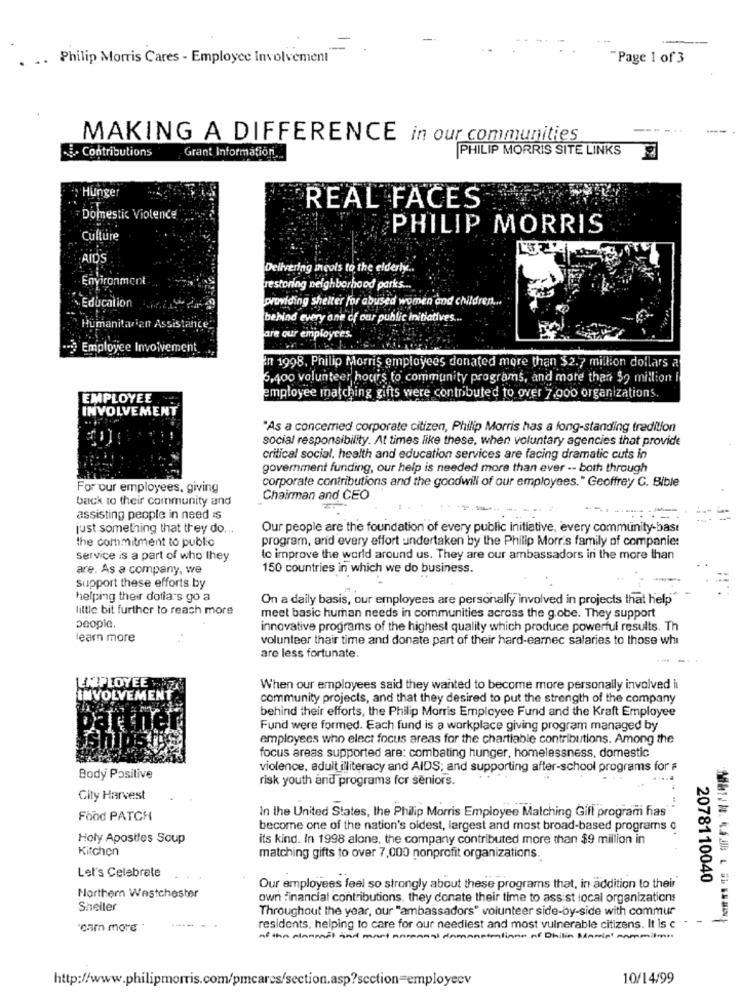
.. Philip Morris Cares - Employee Involvement
Page 1 of 3
----.
MAKING A DIFFERENCE in our communities
..... Contributions
PHILIP MORRIS SITE LINKS
Grant Information ...
Hunger
REAL FACES
Domestic Violence
PHILIP MORRIS
Culture
AIDS
Delivering incols to the elderly ..
Environment
restoring neighborhood parks ...
lovoviding shelter for abused women and children ...
. Education . 149
behind every one of our public initiatives ...
Humanitarian Assistance
are our employees.
· Employee Involvement
an 1998. Philip Morris employees donated more than $2.7 million dollars a
3,400 volunteer hours to community programs, and more than $2 million i
EMPLOYEE
employee matching gifts were contributed to over 7.000 organizations.
INVOLVEMENT
"As a concerned corporate citizen, Philip Morris has a long-standing tradition
social responsibility. At times like these, when voluntary agencies that provide
critical social, health and education services are facing dramatic cuts in
government funding, our help is needed more than ever -- both through
corporate contributions and the goodwill of our employees." Geoffrey G. Bible
For our employees, giving
back to their community and
Chairman and CEO
assisting people in need is
just something that they do ...
Our people are the foundation of every public initiative, every community-bast
the commitment to public
program, arid every effort undertaken by the Philip Morris family of companies
service is a part of who they
to improve the world around us. They are our ambassadors in the more than
are. As a company, we
150 countries in which we do business.
support these efforts by
helping their dollars go a
On a daily basis, our employees are personally involved in projects that help
little bit further to reach more
meet basic human needs in communities across the globe. They support
people
innovative programs of the highest quality which produce powerful results. Th
learn more
volunteer thair time and donate part of their hard-earned salaries to those whi
are less fortunate.
EMPLOYEE Y
When our employees said they wanted to become more personally involved il
INVOLVEMEN
community projects, and that they desired to put the strength of the company
behind their efforts, the Philip Morris Employee Fund and the Kraft Employee
Fund were formed. Each fund is a workplace giving program managed by
employees who elect focus areas for the chartiable contributions. Among the
focus areas supported are: combating hunger, homelessness, domestic
violence, adult illiteracy and AIDS; and supporting after-school programs for F
Body Positive
risk youth and programs for seniors.
City Harvest
Food PATCH
In the United States, the Philip Morris Employee Matching Gift program has
become one of the nation's oldest, largest and most broad-based programs o
Holy Apostles Soup
its kind. In 1998 alone, the company contributed more than $9 million in
Kitchen
matching gifts to over 7,000 nonprofit organizations.
Let's Celebrate
2078110040
Our employees feel so strongly about these programs that, in addition to their
Northern Westchester
own financial contributions, they donate their time to assist local organizations
Sheller
Throughout the year, our "ambassadors" volunteer side-by-side with commur
"cam more
residents, helping to care for our neediest and most vulnerable citizens. It Is c
as the planmit and mart namanal damaneiralinne of Dhilin Maria' cammitme.
10/14/99